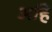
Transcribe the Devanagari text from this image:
अहिं